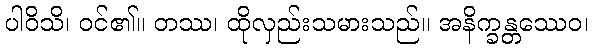
ပါဝိသိ၊ ဝင်၏။ တဿ၊ ထိုလှည်းသမားသည်။ အနိက္ခန္တဿေဝ၊